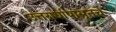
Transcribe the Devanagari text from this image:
उत्तरार्धापासूनचे